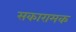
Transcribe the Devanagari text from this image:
सकारामक